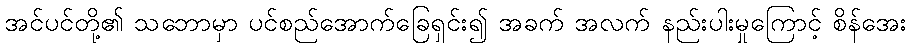
အင်ပင်တို့၏ သဘောမှာ ပင်စည်အောက်ခြေရှင်း၍ အခက် အလက် နည်းပါးမှုကြောင့် စိန်အေး